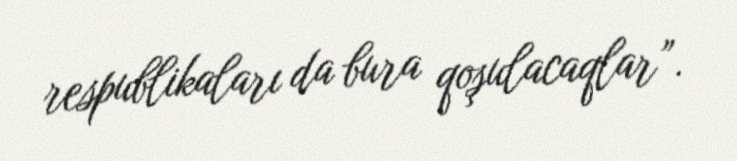
respublikaları da bura qoşulacaqlar”.